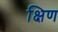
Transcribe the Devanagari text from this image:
क्षिण